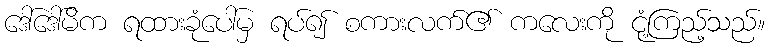
ဒေါ်ဒေါ်မိက ရထားခုံပေါ်မှ ရပ်၍ စကားလက်၏ ကလေးကို ငုံ့ကြည့်သည်။